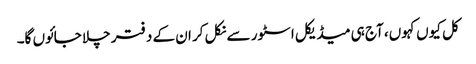
کل کیوں کہوں، آج ہی میڈیکل اسٹور سے نکل کر ان کے دفتر چلا جائوں گا۔